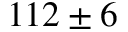
1 1 2 \pm 6